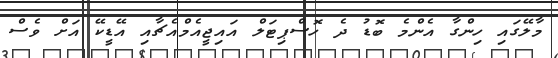
މާލޭގައި ހިންގާ އެންމެ ބޮޑު ދެ ހޮސްޕިޓަލް އައިޖީއެމްއެޗާއި އޭޑީކޭ އަށް ވެސް